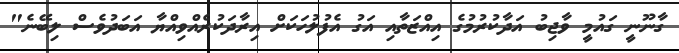
ގާނޫނީ ގައުމީ ވާޖިބު އަދާކުރުމުގެ އިއްޒަތާއި އަގު އެފުލުހަކަށް އިރާދަކުރެއްވިއްޔާ އަބަދުވެސް ލިބޭނެ"